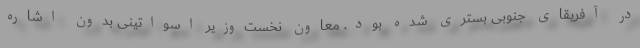
در آفریقای جنوبی بستری شده بود. معاون نخست‌وزیر اسواتینی بدون اشاره